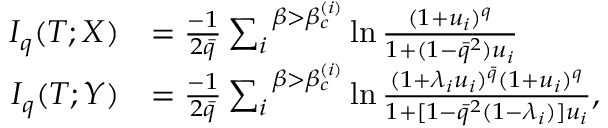
\begin{array} { r l } { I _ { q } ( T ; X ) } & { = \frac { - 1 } { 2 \bar { q } } \sum _ { i } ^ { \; \; \beta > \beta _ { c } ^ { ( i ) } } \ln \frac { ( 1 + u _ { i } ) ^ { q } } { 1 + ( 1 - \bar { q } ^ { 2 } ) u _ { i } } } \\ { I _ { q } ( T ; Y ) } & { = \frac { - 1 } { 2 \bar { q } } \sum _ { i } ^ { \; \; \beta > \beta _ { c } ^ { ( i ) } } \ln \frac { ( 1 + \lambda _ { i } u _ { i } ) ^ { \bar { q } } ( 1 + u _ { i } ) ^ { q } } { 1 + [ 1 - \bar { q } ^ { 2 } ( 1 - \lambda _ { i } ) ] u _ { i } } , } \end{array}